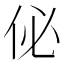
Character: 佖